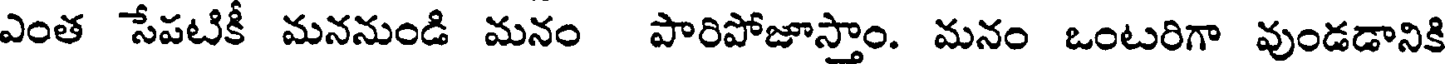
ఎంత సేపటికీ మననుండి మనం పారిపోజూస్తాం. మనం ఒంటరిగా వుండడానికి